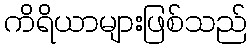
ကိရိယာများဖြစ်သည်